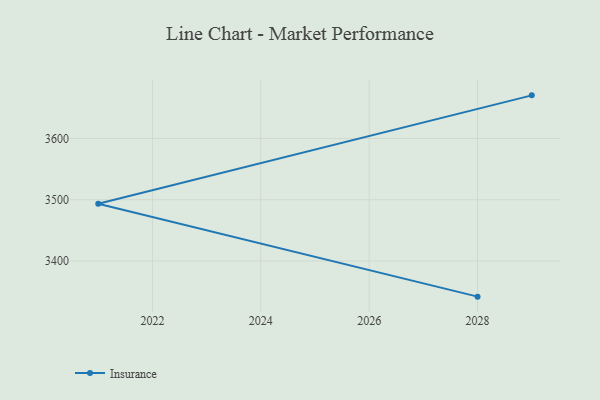
{"axis": {"x": "Year", "y": "Operating Costs (USD K)"}, "legend": ["Insurance"], "data": [{"x": "2029", "y": 3670.5, "type": "Insurance"}, {"x": "2021", "y": 3493.3, "type": "Insurance"}, {"x": "2028", "y": 3341.7, "type": "Insurance"}]}